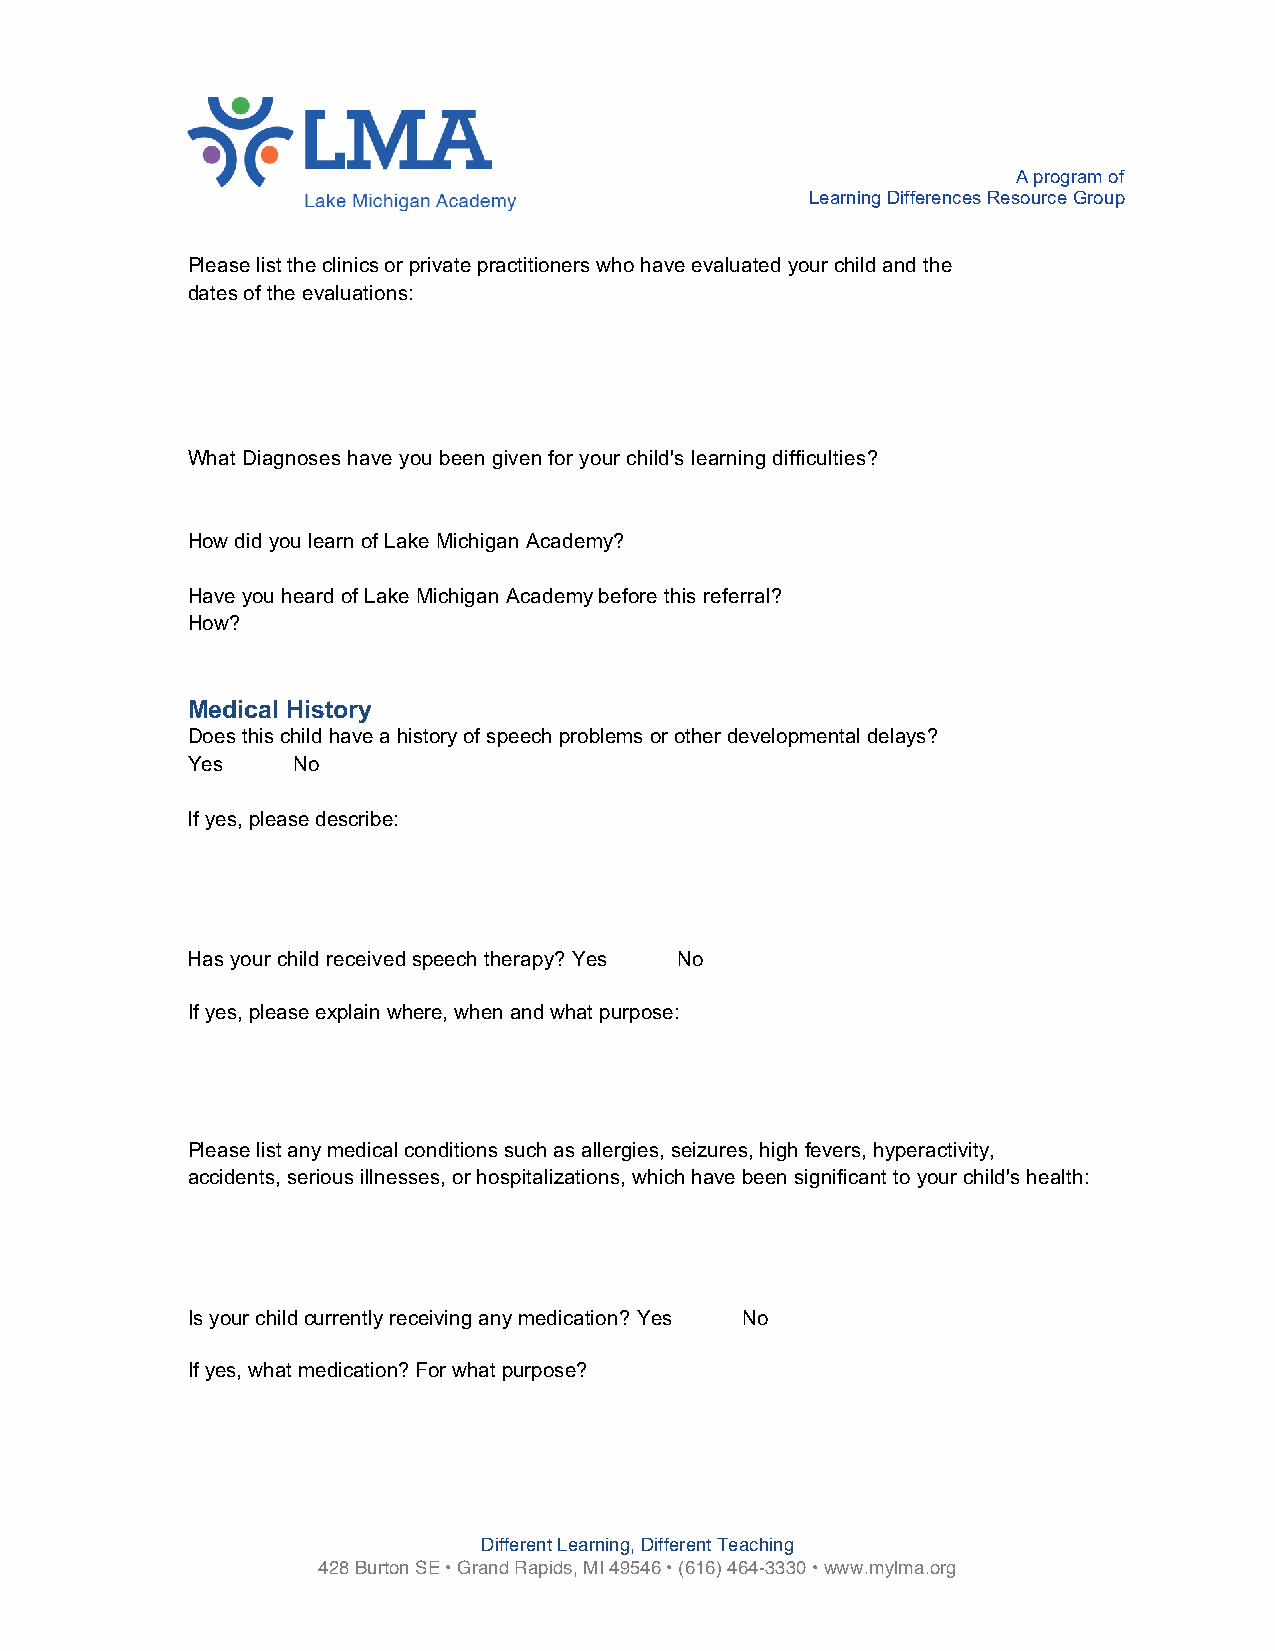
A program of
 Learning Differences Resource Group
 Please list the clinics or private practitioners who have evaluated your child and the
 dates of the evaluations:
 _____________________________________________________________________________
 _____________________________________________________________________________
 _____________________________________________________________________________
 _____________________________________________________________________________
 What Diagnoses have you been given for your child's learning difficulties?
 _____________________________________________________________________________
 How did you learn of Lake Michigan Academy?
 _____________________________________________________________________________
 Have you heard of Lake Michigan Academy before this referral? _______
 How?
 _____________________________________________________________________________
 Medical History
 Does this child have a history of speech problems or other developmental delays?
 Yes____ No ____
 If yes, please describe:
 _____________________________________________________________________________
 _____________________________________________________________________________
 _____________________________________________________________________________
 Has your child received speech therapy? Yes____ No ____
 If yes, please explain where, when and what purpose:
 _____________________________________________________________________________
 _____________________________________________________________________________
 _____________________________________________________________________________
 Please list any medical conditions such as allergies, seizures, high fevers, hyperactivity,
 accidents, serious illnesses, or hospitalizations, which have been significant to your child's health:
 _____________________________________________________________________________
 _____________________________________________________________________________
 _____________________________________________________________________________
 Is your child currently receiving any medication? Yes____ No ____
 If yes, what medication? For what purpose?
 _____________________________________________________________________________
 _____________________________________________________________________________
 _____________________________________________________________________________
 Different Learning, Different Teaching
 428 Burton SE • Grand Rapids, MI 49546 • (616) 464-3330 • www.mylma.org